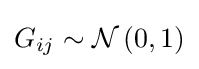
G_{ij}\sim {\mathcal {N}}\left(0,1\right)